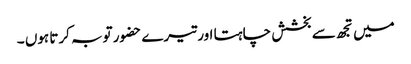
میں تجھ سے بخشش چاہتا اور تیرے حضور توبہ کرتا ہوں ۔